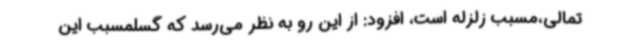
تمالی،مسبب زلزله است، افزود: از این رو به نظر می‌رسد که گسلمسبب این